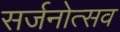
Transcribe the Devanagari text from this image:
सर्जनोत्सव